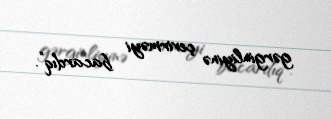
gərginliyinə çevirməyi bacardıq”.